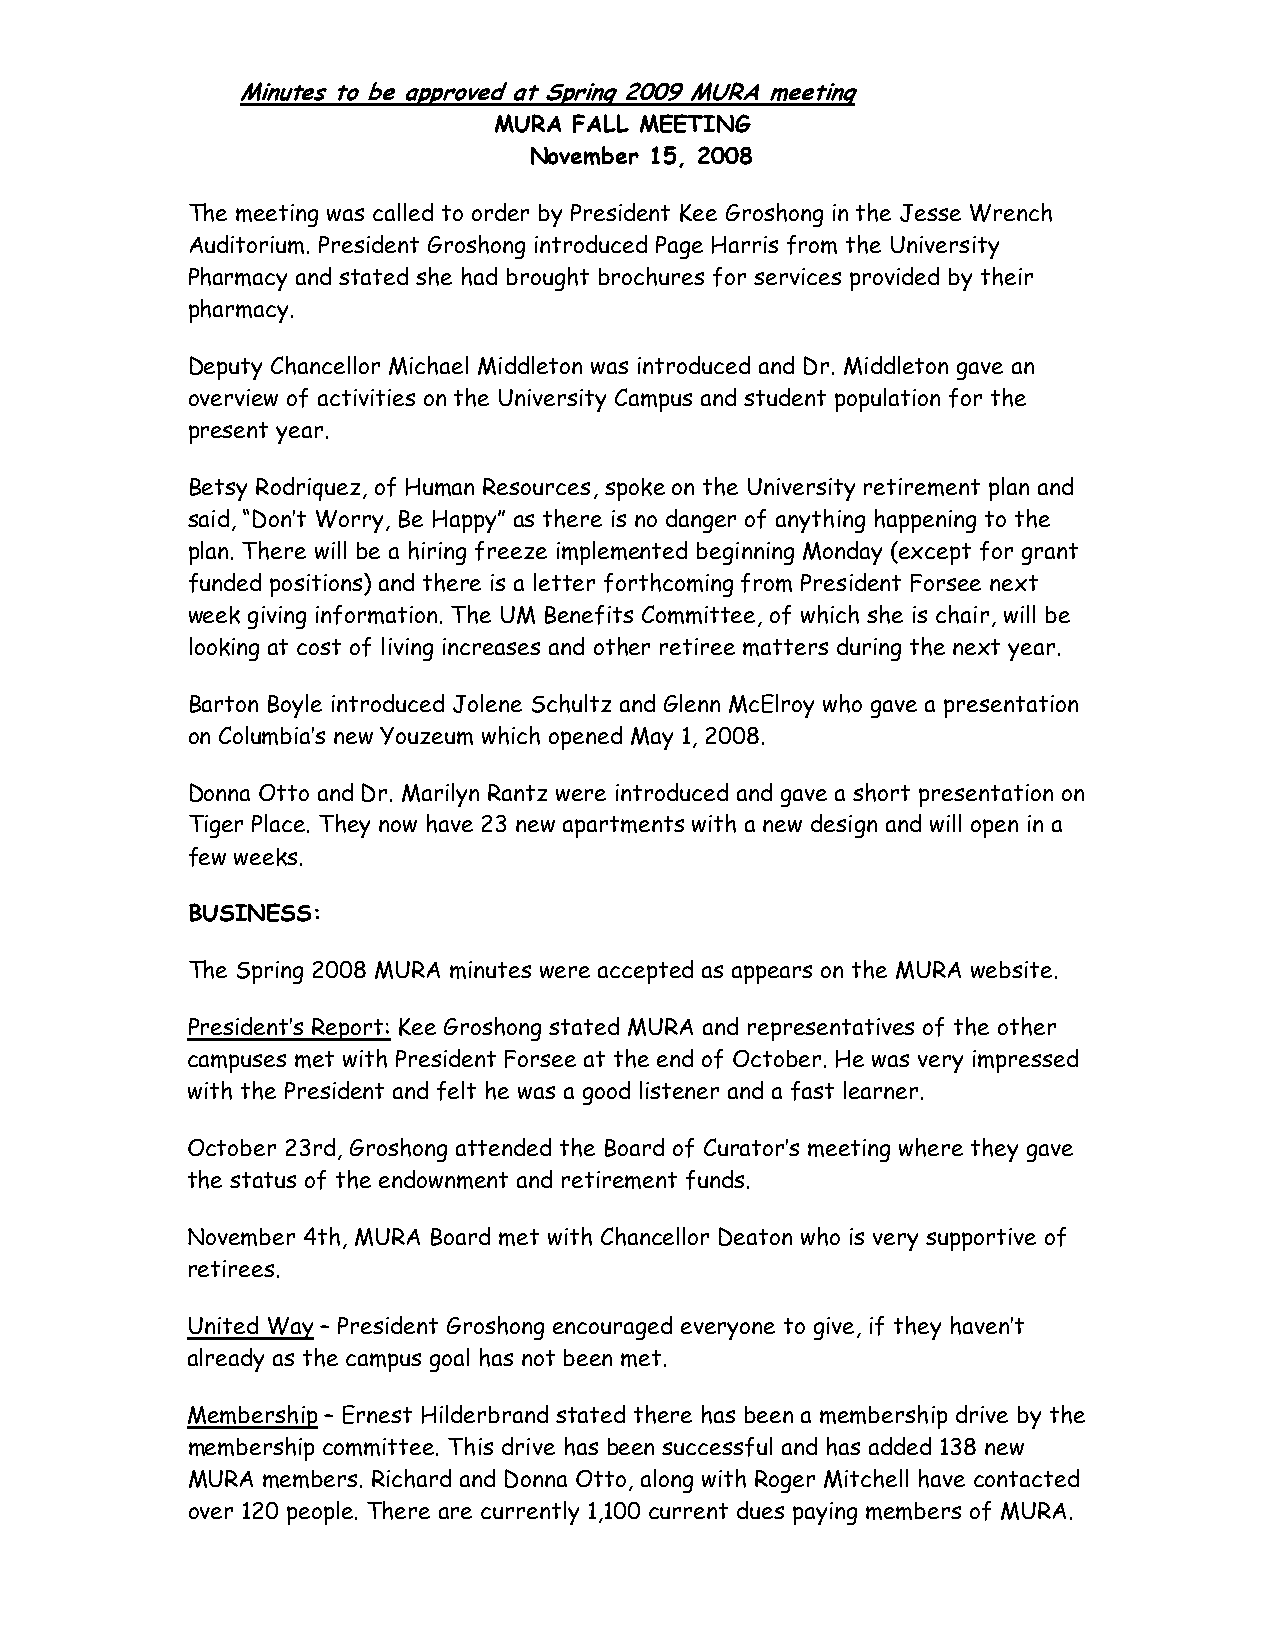
Minutes to be approved at Spring 2009 MURA meeting
 MURA FALL MEETING
 November 15, 2008
 The meeting was called to order by President Kee Groshong in the Jesse Wrench
 Auditorium. President Groshong introduced Page Harris from the University
 Pharmacy and stated she had brought brochures for services provided by their
 pharmacy.
 Deputy Chancellor Michael Middleton was introduced and Dr. Middleton gave an
 overview of activities on the University Campus and student population for the
 present year.
 Betsy Rodriquez, of Human Resources, spoke on the University retirement plan and
 said, “Don’t Worry, Be Happy” as there is no danger of anything happening to the
 plan. There will be a hiring freeze implemented beginning Monday (except for grant
 funded positions) and there is a letter forthcoming from President Forsee next
 week giving information. The UM Benefits Committee, of which she is chair, will be
 looking at cost of living increases and other retiree matters during the next year.
 Barton Boyle introduced Jolene Schultz and Glenn McElroy who gave a presentation
 on Columbia’s new Youzeum which opened May 1, 2008.
 Donna Otto and Dr. Marilyn Rantz were introduced and gave a short presentation on
 Tiger Place. They now have 23 new apartments with a new design and will open in a
 few weeks.
 BUSINESS:
 The Spring 2008 MURA minutes were accepted as appears on the MURA website.
 President’s Report: Kee Groshong stated MURA and representatives of the other
 campuses met with President Forsee at the end of October. He was very impressed
 with the President and felt he was a good listener and a fast learner.
 October 23rd, Groshong attended the Board of Curator’s meeting where they gave
 the status of the endownment and retirement funds.
 November 4th, MURA Board met with Chancellor Deaton who is very supportive of
 retirees.
 United Way – President Groshong encouraged everyone to give, if they haven’t
 already as the campus goal has not been met.
 Membership – Ernest Hilderbrand stated there has been a membership drive by the
 membership committee. This drive has been successful and has added 138 new
 MURA members. Richard and Donna Otto, along with Roger Mitchell have contacted
 over 120 people. There are currently 1,100 current dues paying members of MURA.